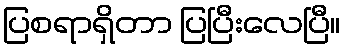
ပြစရာရှိတာ ပြပြီးလေပြီ။